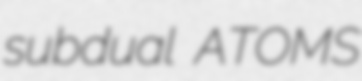
subdual ATOMS